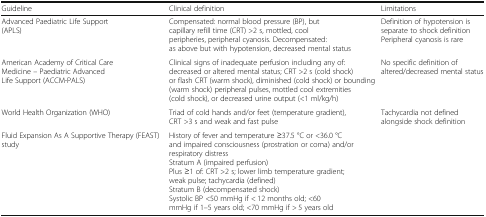
| Guideline | Clinical definition | Limitations |
 | --- | --- | --- |
 | Advanced Paediatric Life Support (APLS) | Compensated: normal blood pressure (BP), but capillary refill time (CRT) >2 s, mottled, cool peripheries, peripheral cyanosis. Decompensated: as above but with hypotension, decreased mental status | Definition of hypotension is separate to shock definitionPeripheral cyanosis is rare |
 | American Academy of Critical Care Medicine – Paediatric Advanced Life Support (ACCM-PALS) | Clinical signs of inadequate perfusion including any of: decreased or altered mental status; CRT >2 s (cold shock) or flash CRT (warm shock), diminished (cold shock) or bounding (warm shock) peripheral pulses, mottled cool extremities (cold shock), or decreased urine output (<1 ml/kg/h) | No specific definition of altered/decreased mental status |
 | World Health Organization (WHO) | Triad of cold hands and/or feet (temperature gradient), CRT >3 s and weak and fast pulse | Tachycardia not defined alongside shock definition |
 | Fluid Expansion As A Supportive Therapy (FEAST) study | History of fever and temperature ≥37.5 °C or <36.0 °C and impaired consciousness (prostration or coma) and/or respiratory distressStratum A (impaired perfusion)Plus ≥1 of: CRT >2 s; lower limb temperature gradient; weak pulse; tachycardia (defined)Stratum B (decompensated shock)Systolic BP <50 mmHg if < 12 months old; <60 mmHg if 1–5 years old; <70 mmHg if > 5 years old |  |